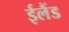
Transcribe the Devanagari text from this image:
ईलैंड